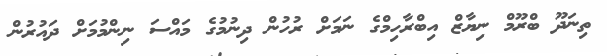
ތިނަދޫ ބްރޫމް ނިޔާޒް އިބްރާހިމްގެ ނަމަށް ރުހުން ދިނުމުގެ މައްސަ ނިންމުމަށް ދައުރުން